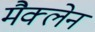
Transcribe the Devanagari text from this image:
मैक्‍लेन